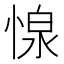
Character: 𢝓